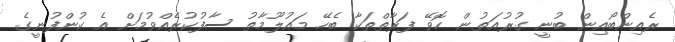
ރެއިންބޯއިން ބުނީ ގުރުއަތުން ހޮވޭ ފަރާތްތަކާ ބެހޭ މައުލޫމާތު ސާފުކުރެއްވުމަށް އެ ކުންފުނީގެ